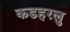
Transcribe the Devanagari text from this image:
कडहरलु